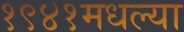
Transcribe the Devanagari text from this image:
१९४१मधल्या